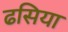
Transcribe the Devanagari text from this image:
ढसिया